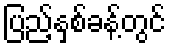
ပြည့်နှစ်ခန့်တွင်